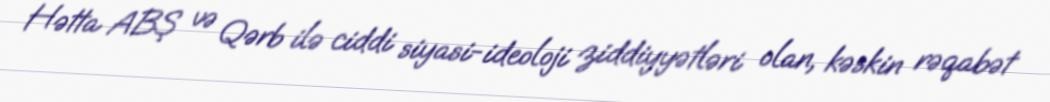
Hətta ABŞ və Qərb ilə ciddi siyasi-ideoloji ziddiyyətləri olan, kəskin rəqabət